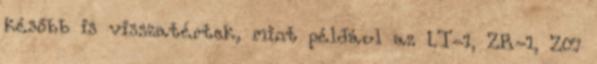
később is visszatértek, mint például az LT-1, ZR-1, Z07